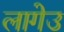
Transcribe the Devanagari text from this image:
लागेउ